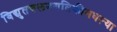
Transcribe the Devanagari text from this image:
विद्युतचलनगतिकीमधल्या